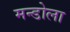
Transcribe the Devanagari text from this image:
मन्डोला